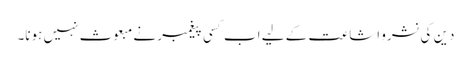
دین کی نشرو اشاعت کے لیے اب کسی پیغمبر نے مبعوث نہیں ہونا۔